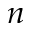
n